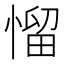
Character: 𢞓